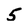
Character: 5